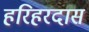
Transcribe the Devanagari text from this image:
हरिहरदास